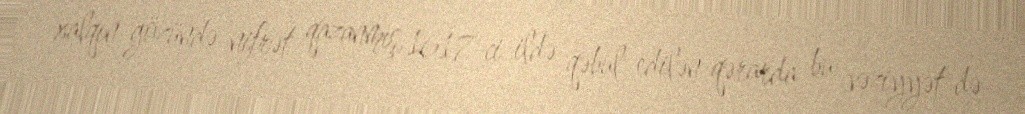
xalqın gözündə nifrət qazanmış, 1617-ci ildə qəbul edilən qərarda bu vəziyyət də